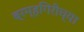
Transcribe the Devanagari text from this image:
ब्रम्हगिरीच्या